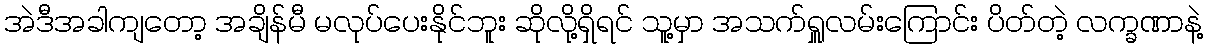
အဲဒီအခါကျတော့ အချိန်မီ မလုပ်ပေးနိုင်ဘူး ဆိုလို့ရှိရင် သူ့မှာ အသက်ရှူလမ်းကြောင်း ပိတ်တဲ့ လက္ခဏာနဲ့